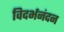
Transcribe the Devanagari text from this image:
विदर्भनंदन